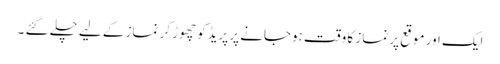
ایک اور موقع پر نماز کا وقت ہوجانے پر پریڈکو چھوڑ کر نماز کے لیے چلے گئے ۔